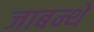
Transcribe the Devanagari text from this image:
जाबन्थे